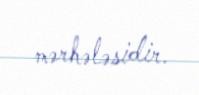
mərhələsidir.